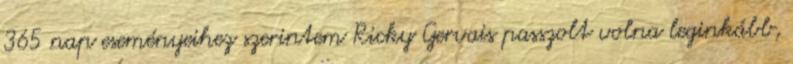
365 nap eseményeihez szerintem Ricky Gervais passzolt volna leginkább,